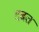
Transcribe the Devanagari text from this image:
दबत